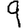
Digit: 9